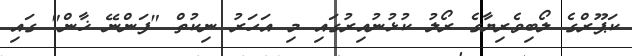
ކަޕޫރްގެ ލޯބިވެރިޔާގެ ރޯލު ކުޅުނުއިރުގައި މި އަހަރު ނިކުތް "ފަންނޭ ޚާން" ގައި